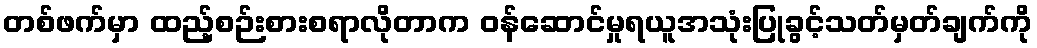
တစ်ဖက်မှာ ထည့်စဉ်းစားစရာလိုတာက ဝန်ဆောင်မှုရယူအသုံးပြုခွင့်သတ်မှတ်ချက်ကို